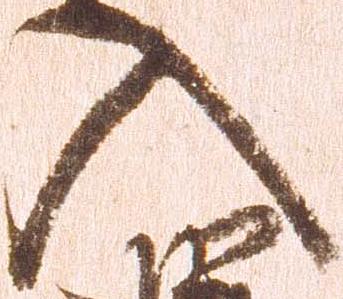
入